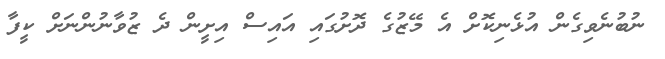
ނުބުނެވިގެން އުޅެނިކޮށް އެ މޭޒުގެ ދޮށުގައި އައިސް އިށީން ދެ ޒުވާނުންނަށް ކީފާ